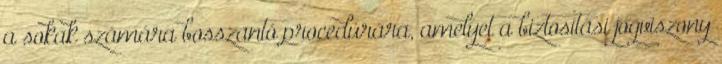
a sokak számára bosszantó procedúrára, amelyet a biztosítási jogviszony